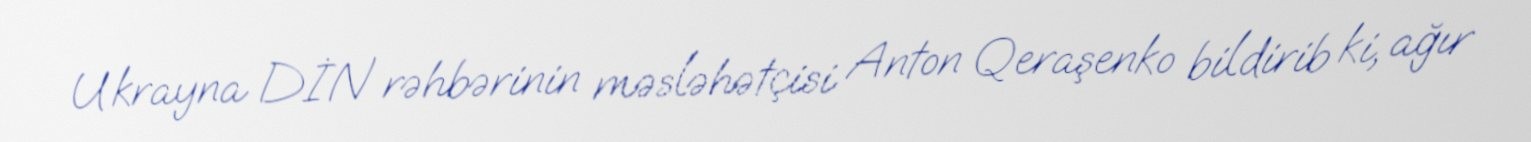
Ukrayna DİN rəhbərinin məsləhətçisi Anton Qeraşenko bildirib ki, ağır